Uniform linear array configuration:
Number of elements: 48
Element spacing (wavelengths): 1
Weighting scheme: exponential
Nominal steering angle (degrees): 0
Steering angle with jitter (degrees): -1.04
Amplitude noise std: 0.05
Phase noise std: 0.05

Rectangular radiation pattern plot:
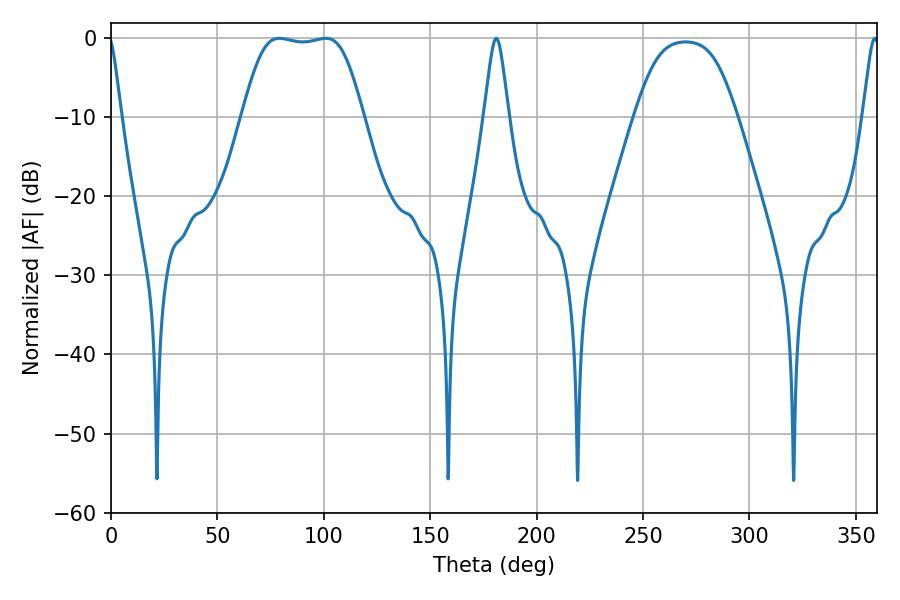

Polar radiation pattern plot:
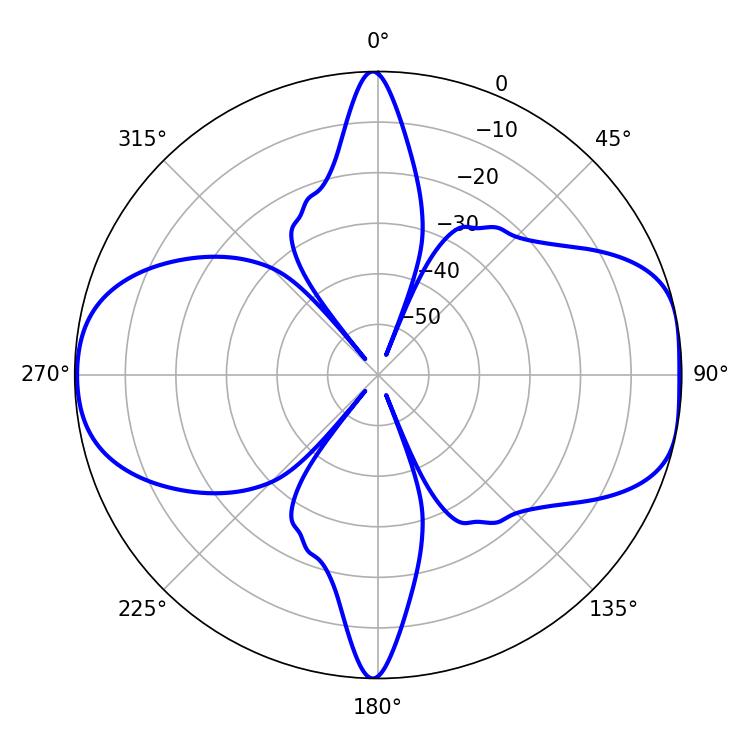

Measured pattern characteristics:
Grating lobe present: TRUE
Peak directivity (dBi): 9.403
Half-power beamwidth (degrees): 42.12
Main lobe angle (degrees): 79.02